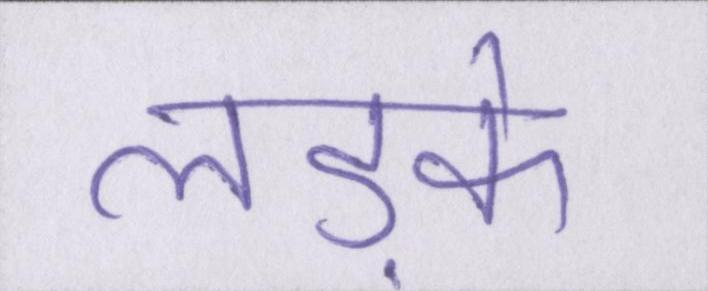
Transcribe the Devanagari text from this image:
लड़के